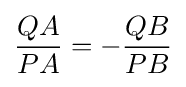
{\frac {QA}{PA}}=-{\frac {QB}{PB}}